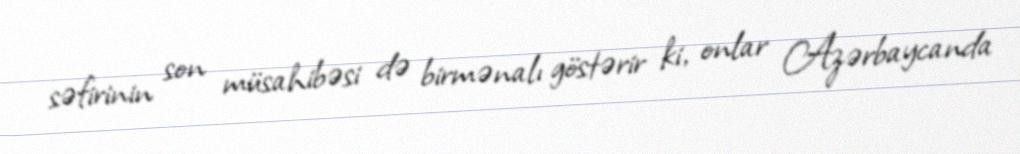
səfirinin son müsahibəsi də birmənalı göstərir ki, onlar Azərbaycanda